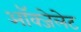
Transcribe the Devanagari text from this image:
ऑक्‍जेलेट